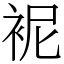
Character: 䘦